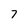
Character: 7